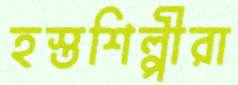
হস্তশিল্পীরা